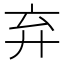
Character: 弃